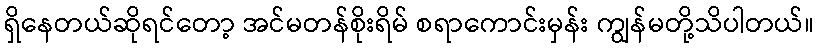
ရှိနေတယ်ဆိုရင်တော့ အင်မတန်စိုးရိမ် စရာကောင်းမှန်း ကျွန်မတို့သိပါတယ်။